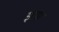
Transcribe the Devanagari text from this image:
झगा